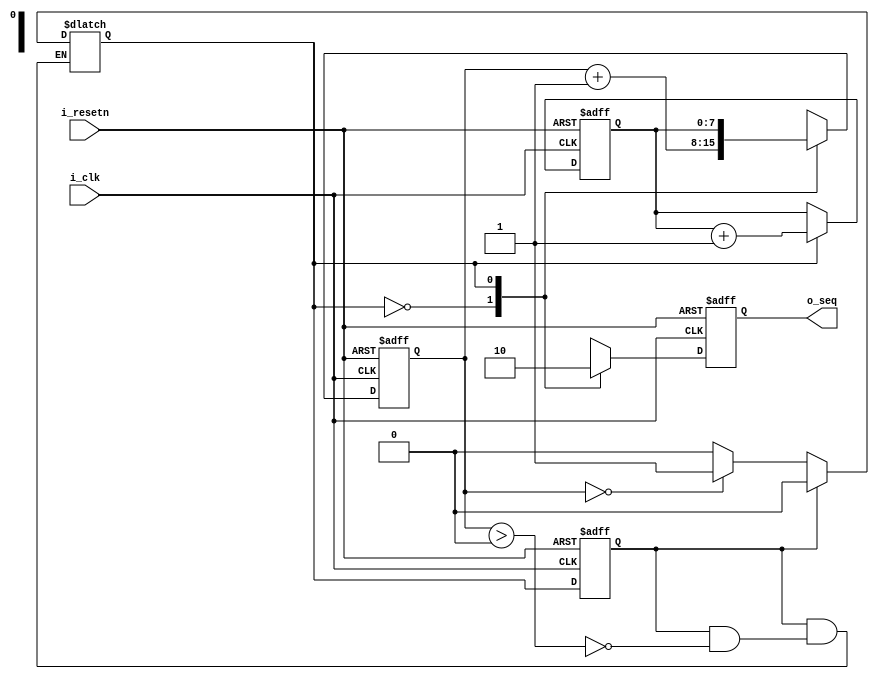
module seq_gen(
  input             i_clk,
  input             i_resetn,

  output            o_seq
);

  parameter         S0  = 1'b0;
  parameter         S1  = 1'b1;

  reg               cur_state;
  reg               nxt_state;
  reg [7:0]         cnt0;
  reg [7:0]         cnt1;
  reg               s_seq;

  always @(posedge i_clk or negedge i_resetn) begin 
    if(!i_resetn)
      cur_state <=  S0;
    else 
      cur_state <=  nxt_state;
  end

  always @(*) begin
    case(cur_state)
      S0:begin
        if(cnt1 == 8'd0)
          nxt_state = S1;
        else
          nxt_state = S0;
      end

      S1:begin  
        if(cnt1 > 8'd0)
          nxt_state = S0;
      end

      default: nxt_state  = S0;
    endcase
  end

  always @(posedge i_clk or negedge i_resetn) begin 
    if(!i_resetn) begin 
      cnt0  <=  8'd1;
      cnt1  <=  8'd0;
      s_seq <=  1'b0;
    end
    else begin  
      case(nxt_state)
        S0:begin
          s_seq <=  1'b1;
          cnt1  <=  cnt1+1'b1;
        end

        S1:begin
          cnt1  <=  cnt0;
          cnt0  <=  cnt0 + 1'b1;
          s_seq <=  1'b0;
        end

        default: begin  
          s_seq <=  1'b0;
          cnt0  <=  8'd1;
          cnt1  <=  8'd0;
        end
      endcase
    end
  end

  assign  o_seq = s_seq;
endmodule